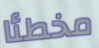
مخطئا